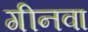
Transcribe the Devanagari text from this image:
गीनवा